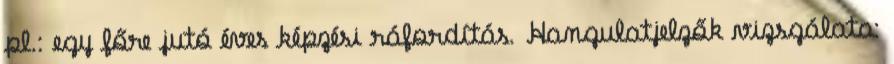
pl.: egy főre jutó éves képzési ráfordítás. Hangulatjelzők vizsgálata: